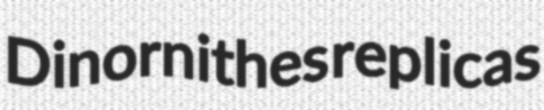
Dinornithes replicas